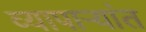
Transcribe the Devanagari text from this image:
व्यापाऱ्यांत